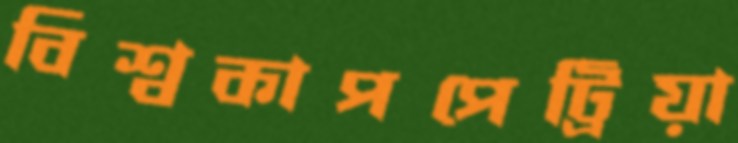
বিশ্বকাপপেট্রিয়া